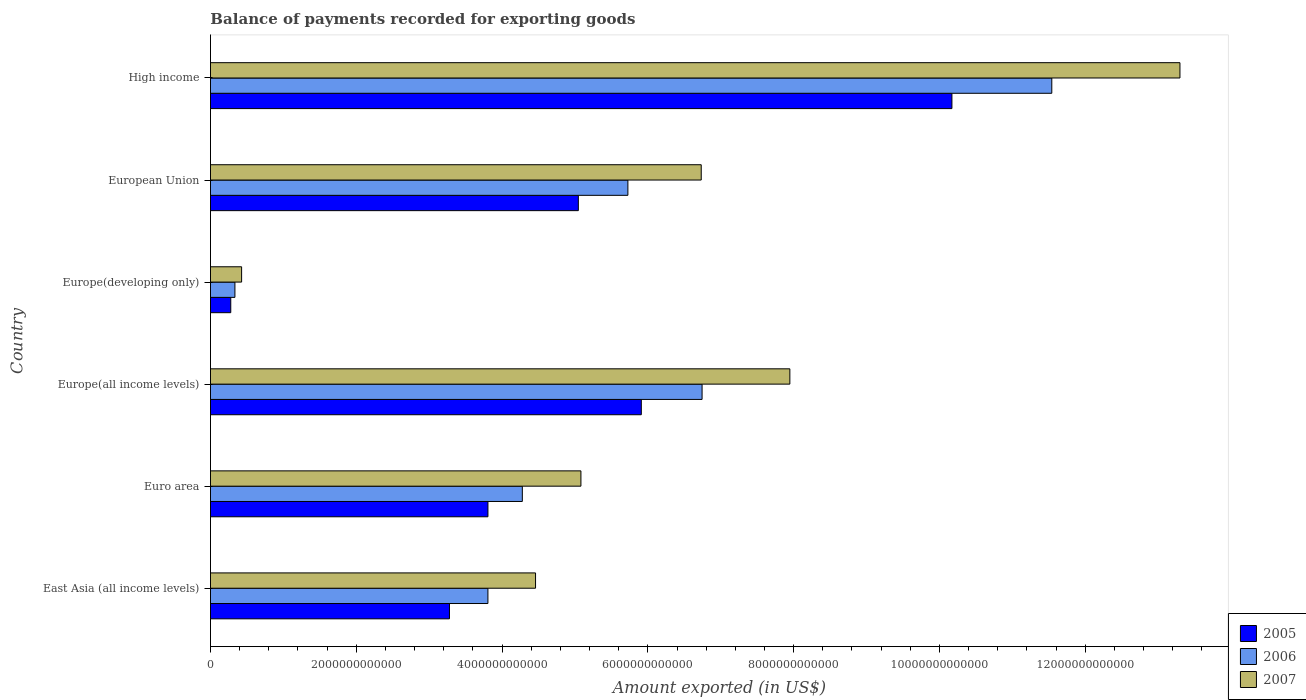
| Country | 2005 | 2006 | 2007 |
 | --- | --- | --- | --- |
 | East Asia (all income levels) | 3.28e+12 | 3.81e+12 | 4.46e+12 |
 | Euro area | 3.81e+12 | 4.28e+12 | 5.08e+12 |
 | Europe(all income levels) | 5.91e+12 | 6.74e+12 | 7.95e+12 |
 | Europe(developing only) | 2.78e+11 | 3.35e+11 | 4.27e+11 |
 | European Union | 5.05e+12 | 5.73e+12 | 6.73e+12 |
 | High income | 1.02e+13 | 1.15e+13 | 1.33e+13 |